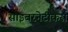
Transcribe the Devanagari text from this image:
साइबरनेटीकस